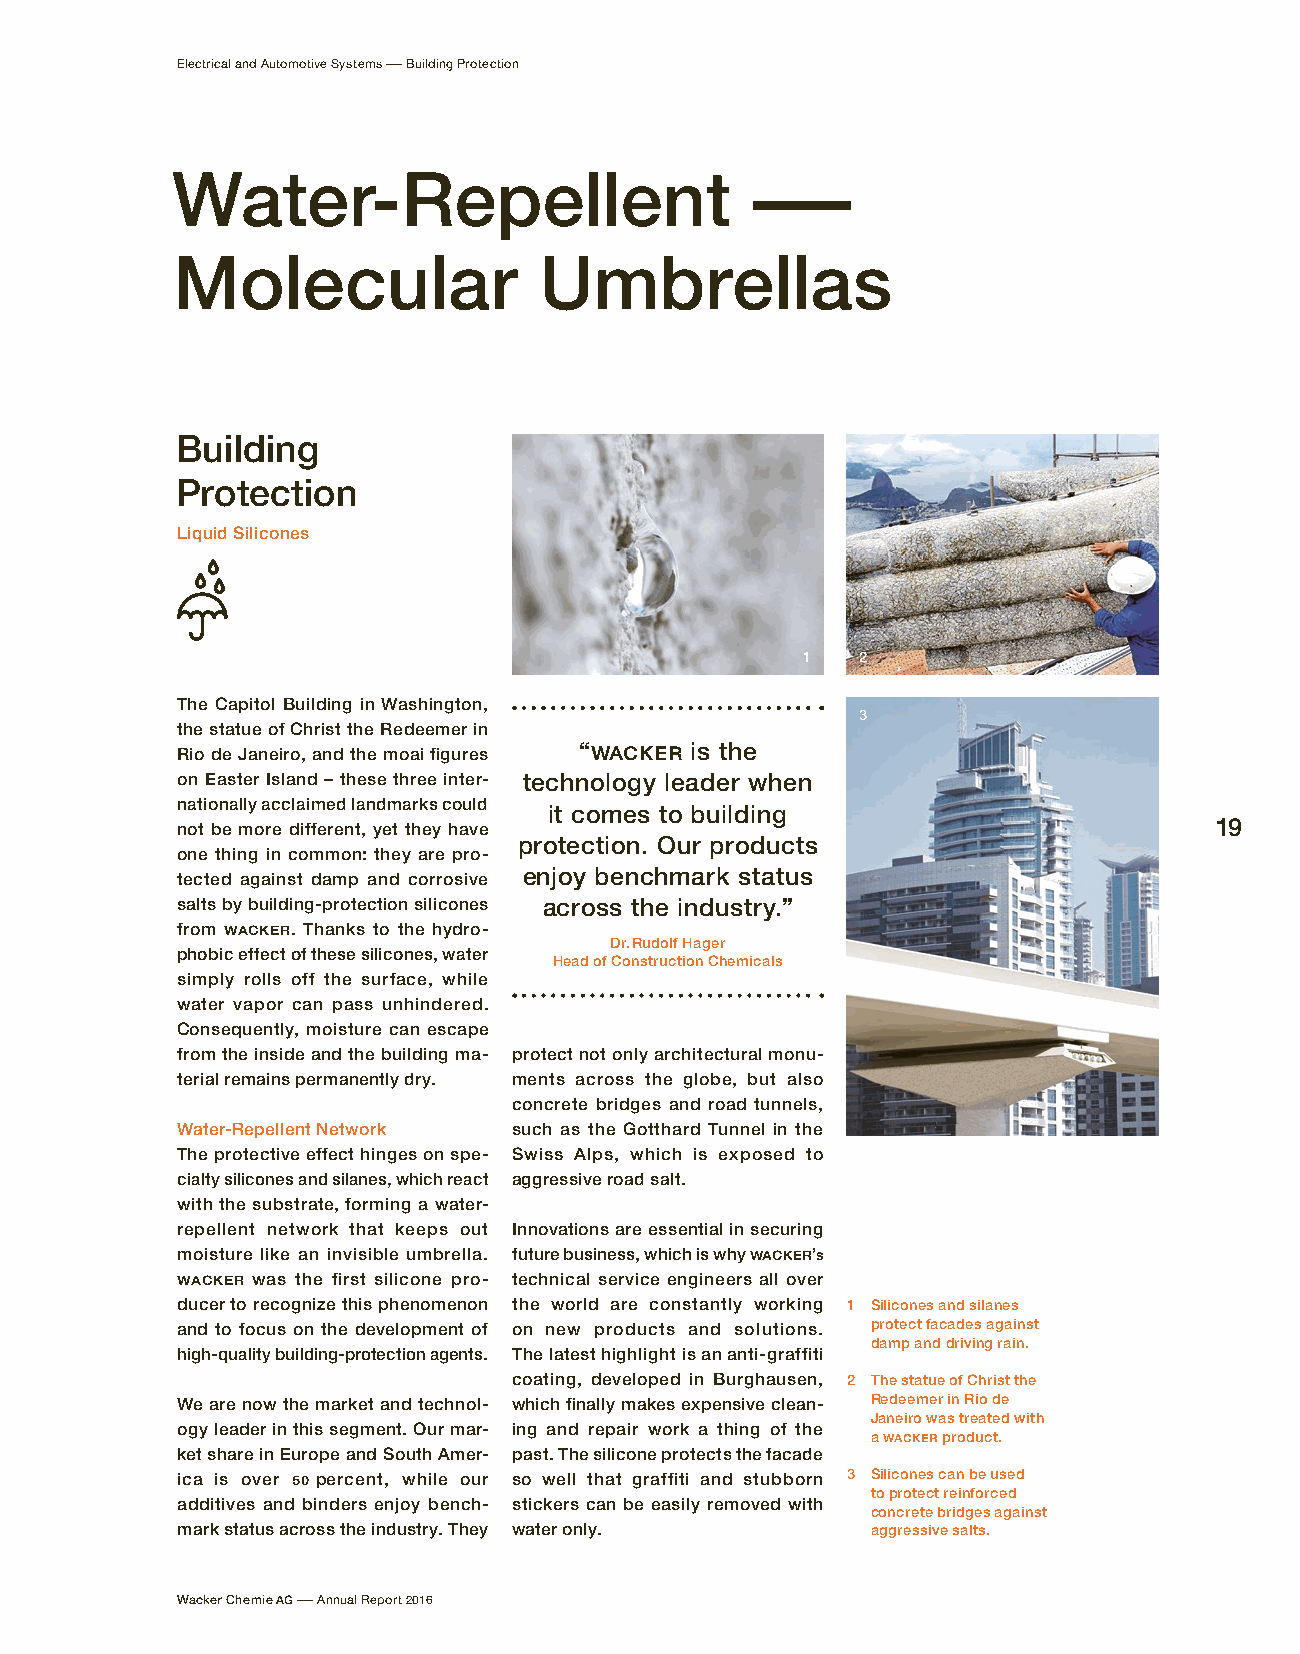
Electrical and Automotive Systems – Building Protection
 Water-Repellent                        –
 Molecular                Umbrellas
 Building
 Protection
 Liquid Silicones
 1   2
 The Capitol Building in Washington,
 3
 the statue of Christ the Redeemer in
 Rio de Janeiro, and the moai figures “WACKER is the
 on Easter Island – these three inter- technology leader when
 nationally acclaimed landmarks could
 it comes to building
 not be more different, yet they have                                19
 protection. Our products
 one thing in common: they are pro-
 tected against damp and corrosive enjoy benchmark status
 salts by building-protection silicones across the industry.”
 from WACKER. Thanks to the hydro-
 Dr. Rudolf Hager
 phobic effect of these silicones, water
 Head of Construction Chemicals
 simply rolls off the surface, while
 water vapor can pass unhindered.
 Consequently, moisture can escape
 from the inside and the building ma- protect not only architectural monu-
 terial remains permanently dry. ments across the globe, but also
 concrete bridges and road tunnels,
 Water-Repellent Network such as the Gotthard Tunnel in the
 The protective effect hinges on spe- Swiss Alps, which is exposed to
 cialty silicones and silanes, which react aggressive road salt.
 with the substrate, forming a water-
 repellent network that keeps out Innovations are essential in securing
 moisture like an invisible umbrella. future business, which is why WACKER’s
 WACKER was the first silicone pro- technical service engineers all over
 ducer to recognize this phenomenon the world are constantly working 1 Silicones and silanes
 and to focus on the development of on new products and solutions. p rotect f acades against
 damp and driving rain.
 high-quality building-protection agents. The latest highlight is an anti-graffiti
 coating, developed in Burghausen, 2 The statue of Christ the
 We are now the market and technol- which finally makes expensive clean- Redeemer in Rio de
 Janeiro was treated with
 ogy leader in this segment. Our mar- ing and repair work a thing of the
 a WACKER product.
 ket share in Europe and South Amer- past. The silicone protects the facade
 ica is over 50 percent, while our so well that graffiti and stubborn 3 Silicones can be used
 to p rotect reinforced
 additives and binders enjoy bench- stickers can be easily removed with
 concrete bridges against
 mark status across the industry. They water only. aggressive salts.
 Wacker Chemie AG – Annual Report 2016